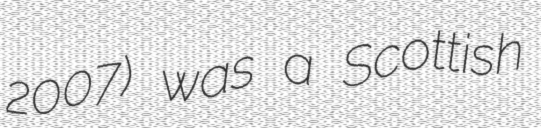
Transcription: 2007) was a Scottish